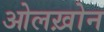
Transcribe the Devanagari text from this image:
ओलख़ोन